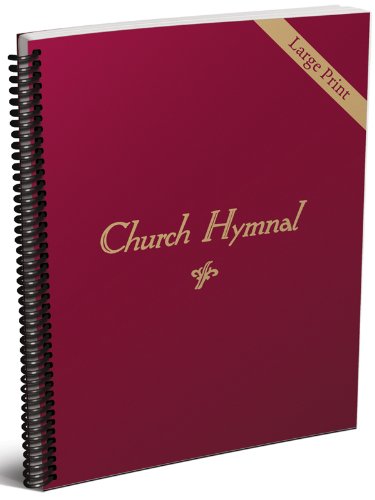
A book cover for Church Hymnal (Large Print); Christian Books & Bibles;